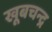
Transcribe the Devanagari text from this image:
खूबचन्द्र